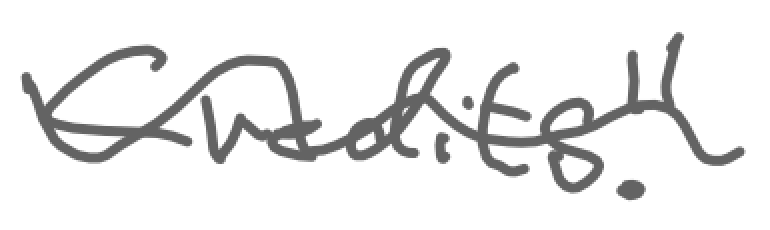
Text: Credits."
Cross-out: wave
Writing tool: digital_gray